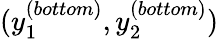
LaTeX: (y_{1}^{(bottom)},y_{2}^{(bottom)})